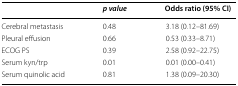
|  | p value | Odds ratio (95% CI) |
 | --- | --- | --- |
 | Cerebral metastasis | 0.48 | 3.18 (0.12–81.69) |
 | Pleural effusion | 0.66 | 0.53 (0.33–8.71) |
 | ECOG PS | 0.39 | 2.58 (0.92–22.75) |
 | Serum kyn/trp | 0.01 | 0.01 (0.00–0.41) |
 | Serum quinolic acid | 0.81 | 1.38 (0.09–20.30) |